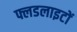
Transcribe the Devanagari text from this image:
फ्लडलाइटों